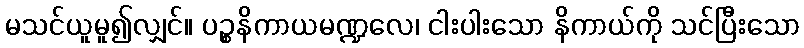
မသင်ယူမူ၍လျှင်။ ပဉ္စနိကာယမဏ္ဍလေ၊ ငါးပါးသော နိကာယ်ကို သင်ပြီးသော